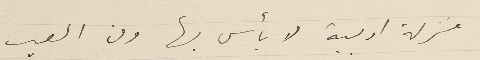
منزلة ادبية لا بأس بها ومن العيب